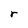
Character: r